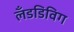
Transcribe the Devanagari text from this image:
लँडडिविग